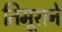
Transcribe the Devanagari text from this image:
तिमूराने